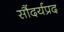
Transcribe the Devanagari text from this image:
सौंदर्यप्रद